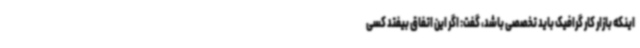
اینکه بازار کار گرافیک باید تخصصی باشد، گفت: اگر این اتفاق بیفتد کسی